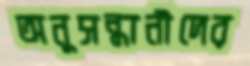
অনুসন্ধানীদের